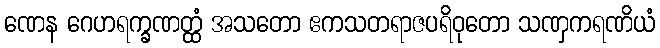
ဏေန ဂေဟရက္ခဏတ္ထံ အသတော ဧကသတရာဇပရိဝုတော သဏှကရဏိယံ